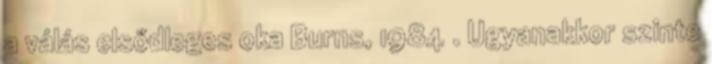
a válás elsődleges oka Burns, 1984 . Ugyanakkor szinte